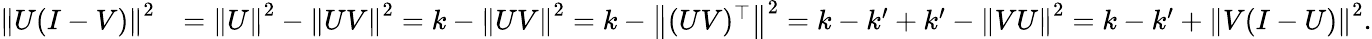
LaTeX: \begin{array}{rl}{\left\| U(I-V)\right\| ^{2}}&{=\left\| U\right\| ^{2}-\left\| UV\right\| ^{2}=k-\left\| UV\right\| ^{2}=k-\left\| (UV)^{\top}\right\| ^{2}=k-k^{\prime}+k^{\prime}-\left\| VU\right\| ^{2}=k-k^{\prime}+\left\| V(I-U)\right\| ^{2}.}\end{array}